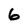
Character: 6